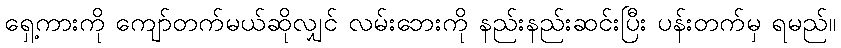
ရှေ့ကားကို ကျော်တက်မယ်ဆိုလျှင် လမ်းဘေးကို နည်းနည်းဆင်းပြီး ပန်းတက်မှ ရမည်။